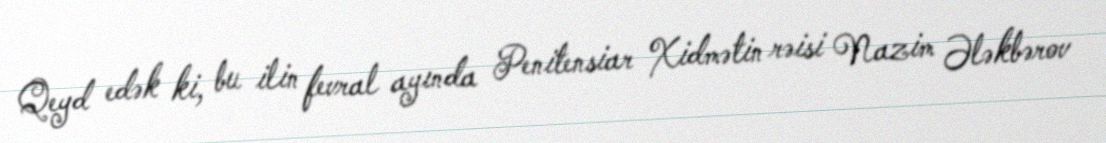
Qeyd edək ki, bu ilin fevral ayında Penitensiar Xidmətin rəisi Nazim Ələkbərov